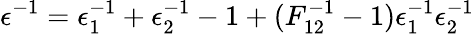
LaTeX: \epsilon^{-1}=\epsilon_{1}^{-1}+\epsilon_{2}^{-1}-1+(F_{12}^{-1}-1)\epsilon_{1}^{-1}\epsilon_{2}^{-1}